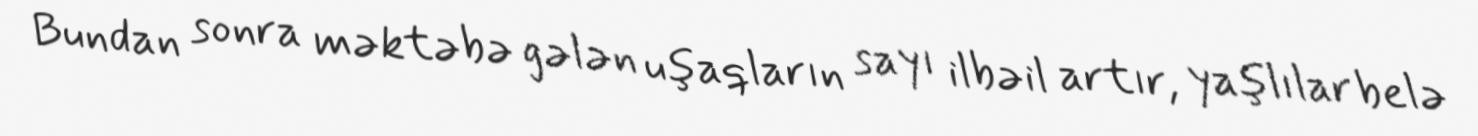
Bundan sonra məktəbə gələn uşaqların sayı ilbəil artır, yaşlılar belə